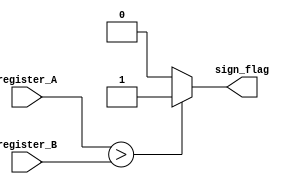
module GT (
    input wire [19:0] register_A,
    input wire [19:0] register_B, 
    output reg sign_flag // 1 or 0 output
);

// GT operation
always @(*) begin
    if (register_A > register_B) begin
        sign_flag = 1; //if A > B set flag to 1
    end
    else begin
        sign_flag = 0; // sets flag to 0
    end
end

endmodule